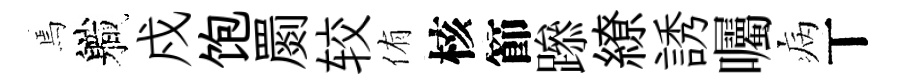
焉軄戍饱罽较侑核節𨅶繚誘囑病丅